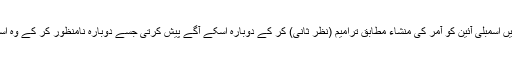
نامنظوری کی صورت میں اسمبلی آئین کو آمر کی منشاء مطابق ترامیم (نظر ثانی) کر کے دوبارہ اسکے آگے پیش کرتی جسے دوبارہ نامنظور کر کے وہ اسمبلیاں تحلیل کر سکتا تھا۔